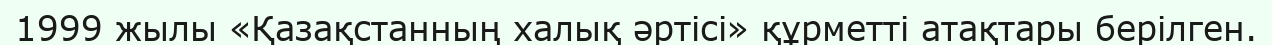
1999 жылы «Қазақстанның халық әртісі» құрметті атақтары берілген.